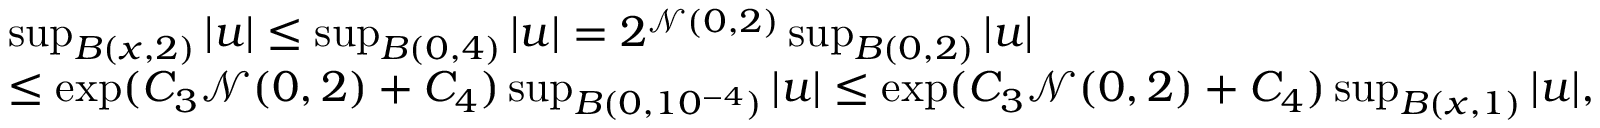
\begin{array} { r l } & { \operatorname* { s u p } _ { B ( x , 2 ) } | u | \leq \operatorname* { s u p } _ { B ( 0 , 4 ) } | u | = 2 ^ { \mathcal { N } ( 0 , 2 ) } \operatorname* { s u p } _ { B ( 0 , 2 ) } | u | } \\ & { \leq \exp ( C _ { 3 } \mathcal { N } ( 0 , 2 ) + C _ { 4 } ) \operatorname* { s u p } _ { B ( 0 , 1 0 ^ { - 4 } ) } | u | \leq \exp ( C _ { 3 } \mathcal { N } ( 0 , 2 ) + C _ { 4 } ) \operatorname* { s u p } _ { B ( x , 1 ) } | u | , } \end{array}